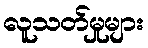
လူသတ်မှုများ